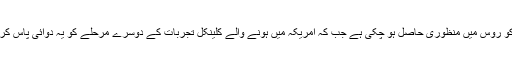
اس دوائی کو روس میں منظوری حاصل ہو چکی ہے جب کہ امریکہ میں ہونے والے کلینکل تجربات کے دوسرے مرحلے کو یہ دوائی پاس کر چکی ہے۔